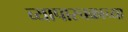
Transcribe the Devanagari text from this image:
व्यापारचक्राच्या